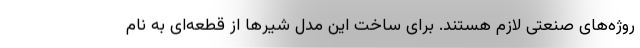
روژه‌های صنعتی لازم هستند. برای ساخت این مدل شیرها از قطعه‌ای به نام